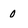
Character: 0